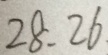
2 8 : 2 6